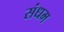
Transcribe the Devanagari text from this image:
संधम